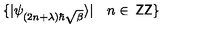
\{ \vert \psi _ { ( 2 n + \lambda ) \hbar \sqrt { \beta } } \rangle \vert \quad n \in { \: \mathrm { \sf Z } \mathrm { \sf Z } } \}